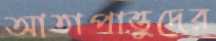
আতাপাত্তুদের